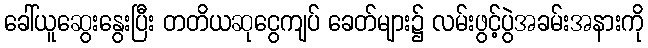
ခေါ်ယူဆွေးနွေးပြီး တတိယဆုငွေကျပ် ခေတ်များ၌ လမ်းဖွင့်ပွဲအခမ်းအနားကို